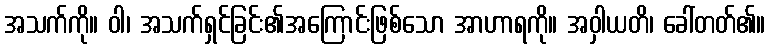
အသက်ကို။ ဝါ၊ အသက်ရှင်ခြင်း၏အကြောင်းဖြစ်သော အာဟာရကို။ အဝှါယတိ၊ ခေါ်တတ်၏။